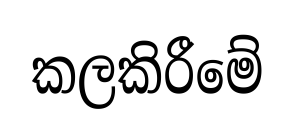
කලකිරීමේ